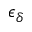
\epsilon _ { \delta }